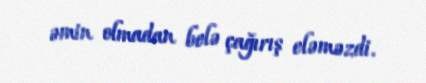
əmin olmadan belə çağırış eləməzdi.